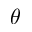
\theta